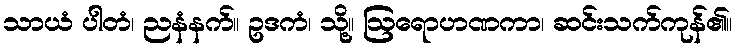
သာယံ ပါတံ၊ ညနံနက်။ ဥဒကံ၊ သို့။ ဩရောဟဏကာ၊ ဆင်းသက်ကုန်၏။